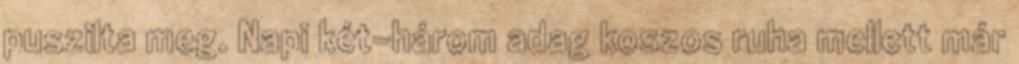
puszilta meg. Napi két-három adag koszos ruha mellett már